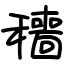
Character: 穯